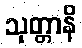
သုတ္တာနိ